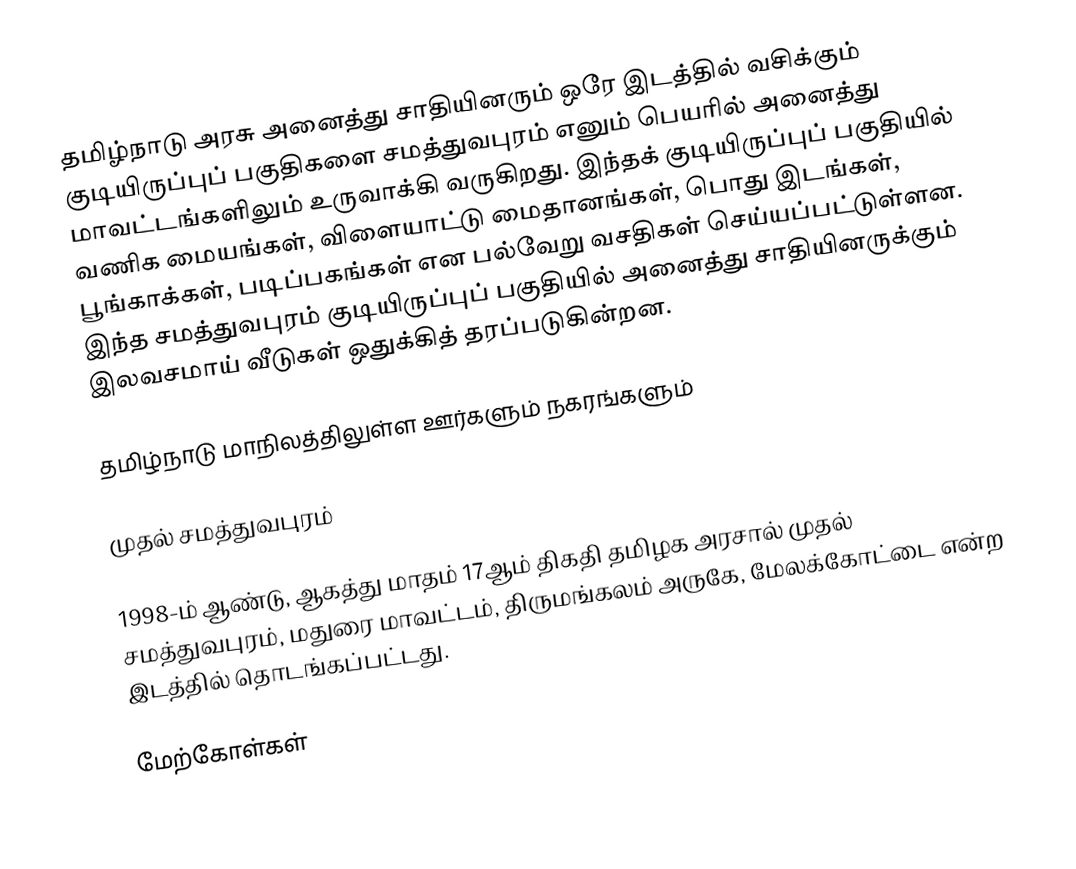
தமிழ்நாடு அரசு அனைத்து சாதியினரும் ஒரே இடத்தில் வசிக்கும் குடியிருப்புப் பகுதிகளை சமத்துவபுரம் எனும் பெயரில் அனைத்து மாவட்டங்களிலும் உருவாக்கி வருகிறது. இந்தக் குடியிருப்புப் பகுதியில் வணிக மையங்கள், விளையாட்டு மைதானங்கள், பொது இடங்கள், பூங்காக்கள், படிப்பகங்கள் என பல்வேறு வசதிகள் செய்யப்பட்டுள்ளன. இந்த சமத்துவபுரம் குடியிருப்புப் பகுதியில் அனைத்து சாதியினருக்கும் இலவசமாய் வீடுகள் ஒதுக்கித் தரப்படுகின்றன.

 தமிழ்நாடு மாநிலத்திலுள்ள ஊர்களும் நகரங்களும்

முதல் சமத்துவபுரம்

1998-ம் ஆண்டு, ஆகத்து மாதம் 17ஆம் திகதி தமிழக அரசால் முதல் சமத்துவபுரம், மதுரை மாவட்டம், திருமங்கலம் அருகே,  மேலக்கோட்டை என்ற இடத்தில் தொடங்கப்பட்டது.

மேற்கோள்கள்